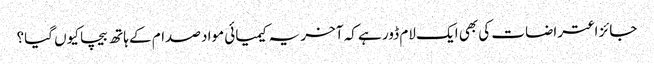
جائز اعتراضات کی بھی ایک لام ڈور ہے کہ آخر یہ کیمیائی مواد صدام کے ہاتھ بیچا کیوں گیا؟